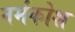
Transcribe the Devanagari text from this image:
नर्मकोश